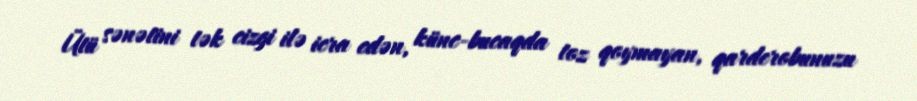
Ütü sənətini tək cizgi ilə icra edən, künc-bucaqda toz qoymayan, qarderobunuzu